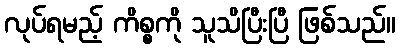
လုပ်ရမည့် ကိစ္စကို သူသိပြီးပြီ ဖြစ်သည်။